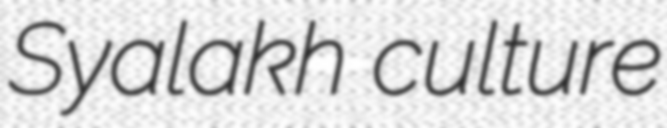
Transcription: Syalakh culture